Epidemic dropsy in Calcutta - Number 49
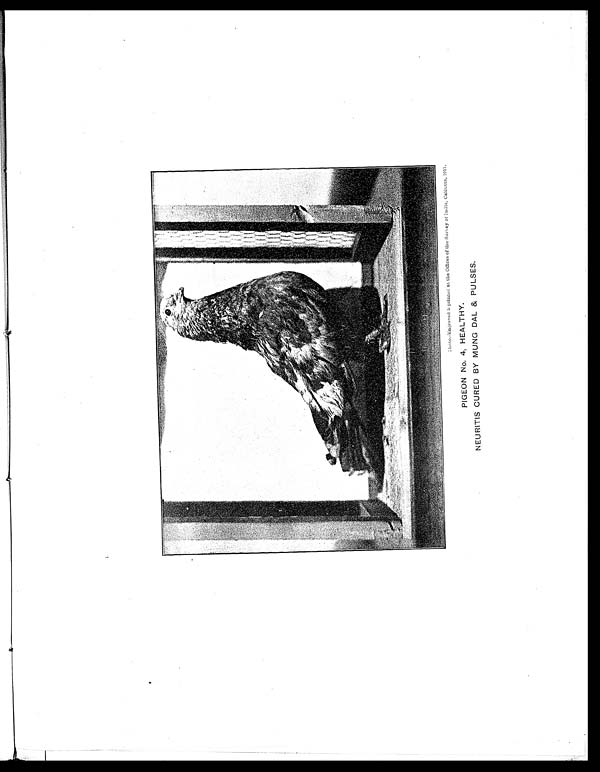
P h o t o . - E n g r a v e d & p r i n t e d a t t h e O f f i c e s o f t h e S u r v e y o f I n d i a , C a l c u t t a , 1 9 1 1 .
PIGEON No. 4, HEALTHY.
NEURITIS CURED BY MUNG DAL & PULSES.